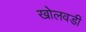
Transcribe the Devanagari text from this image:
खोलवडी